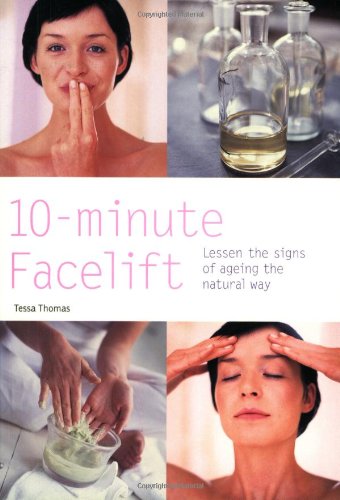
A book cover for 10-Minute Facelift: Lessen the Signs of Ageing the Natural Way (Hamlyn Health & Well Being); Tessa Thomas; Health, Fitness & Dieting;